Civil Veterinary Department Bihar & Orissa reports 1929-36 - 1929-1936
Year: 1929
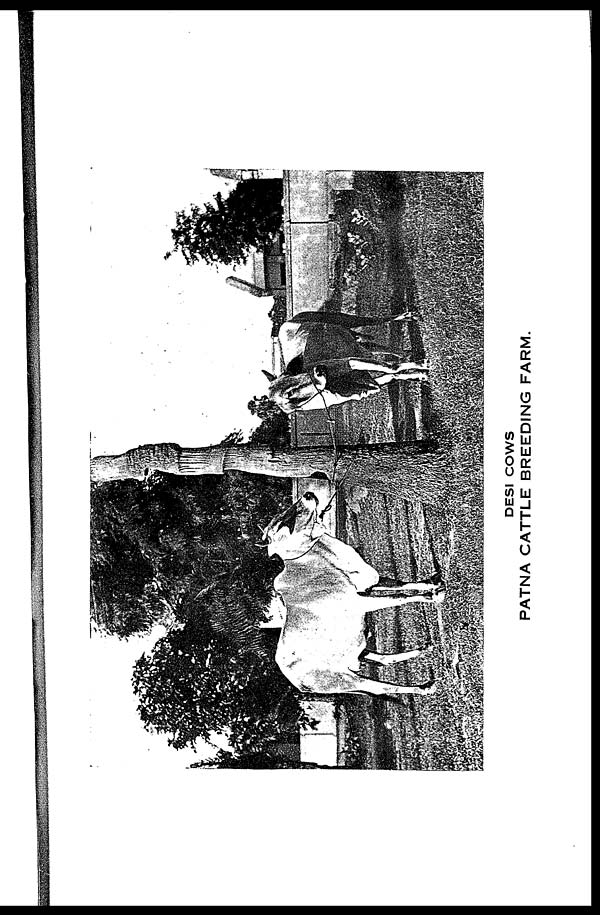
DESI COWS
PATNA CATTLE BREEDING FARM.